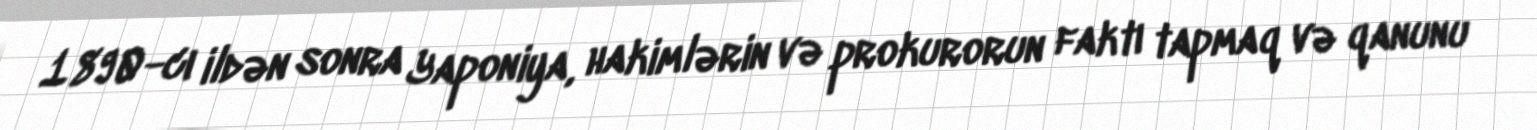
1890-cı ildən sonra Yaponiya, hakimlərin və prokurorun faktı tapmaq və qanunu